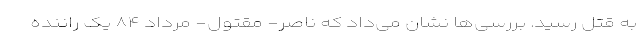
به قتل رسید. بررسی‌ها نشان می‌داد که ناصر- مقتول- مرداد ۸۴ یک راننده